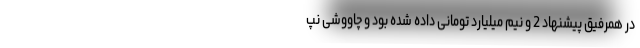
در همرفیق پیشنهاد 2 و نیم میلیارد تومانی داده شده بود و چاووشی نپ